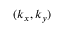
~ ( k _ { x } , k _ { y } )